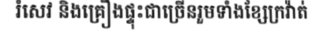
រំសេវ និងគ្រឿងផ្ទុះជាច្រើនរួមទាំងខ្សែក្រវ៉ាត់